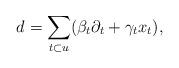
LaTeX: \begin{align*} d=\sum_{t\subset u} (\beta_t \partial_t+\gamma_t x_t), \end{align*}